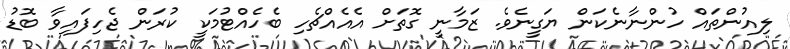
ލިއުންތައް ހުންނާނެކަން ޔަގީނެވެ. ޒަމާނީ ގޮތަށް އެއެއްޗެހި ބެހެއްޓުމަކީ ކުރަން ޖެހިފައިވާ ބޮޑު